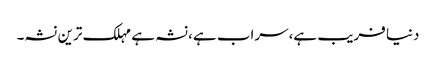
دنیا فریب ہے،سراب ہے،نشہ ہے مہلک ترین نشہ۔